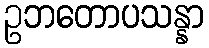
ဥဘတောပသန္နာ